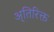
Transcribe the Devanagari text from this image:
अ्तिरिक्त